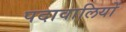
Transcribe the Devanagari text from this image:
पदावालियों